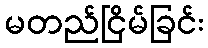
မတည်ငြိမ်ခြင်း